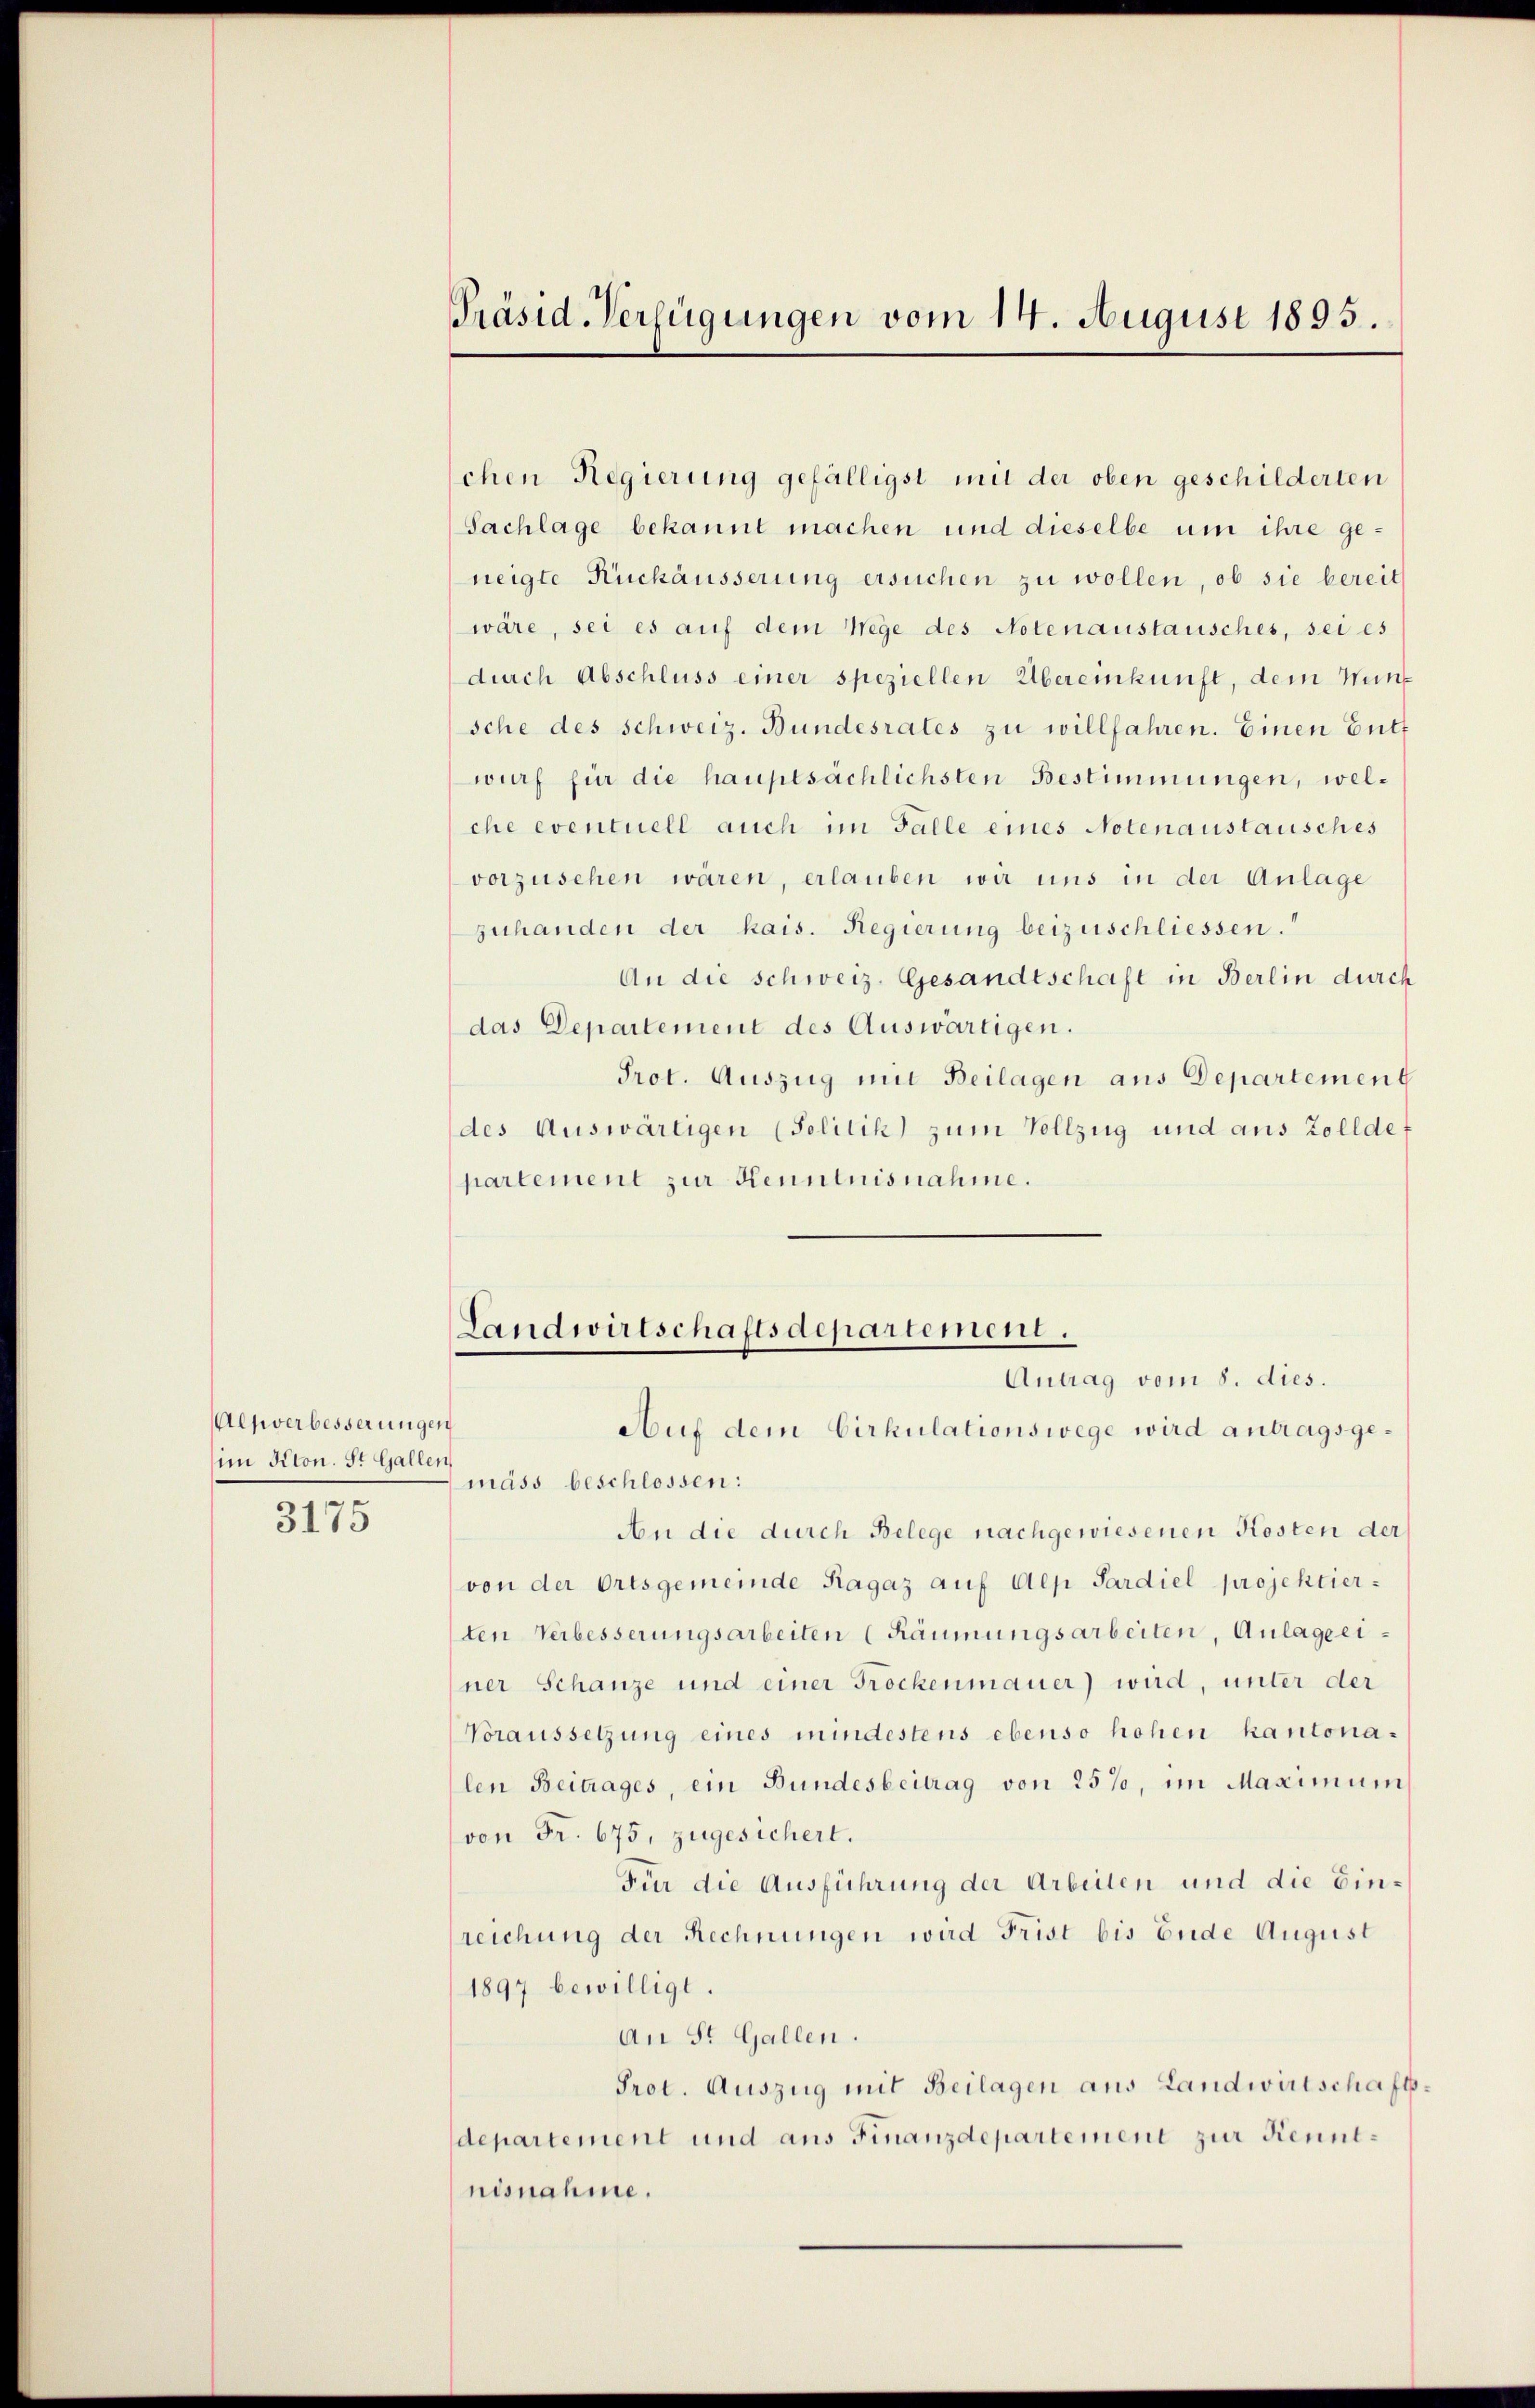
Aenverbesserungen
im Kron. St. Gallen,

3175

Präsid. Verfügungen vom 14. August 1895.

schen Regierung gefälligst mit der oben geschilderten
Sachlage bekannt machen und dieselbe um ihre geneigte Rückäusserung ersuchen zu wollen, ob sie bereit
wäre, sei es auf dem Wege des Notenaustausches, sei es
durch Abschluss einer speziellen Übereinkunft, dem Wunsche des Schweiz. Bundesrates zu willfahren. Einen Butt
wurf für die hauptsächlichsten Bestimmungen, welche eventuell auch im Falle eines Notenaustausches
vorzusehen wären, erlauben wir uns in der Anlage
zuhanden der kais. Regierung beizuschliessen.
An die schweiz. Gesandtschaft in Berlin durch
das Departement des Auswärtigen.
Prot. Auszug mit Beilagen aus Departement
des Auswärtigen (Solitik zum Vollzug und aus Zollde
partement zur Kenntnisnahme.

Landwirtschaftsdepartement.
Antrag vom 8. dies.

Auf dem Cirkulationswege wird antragsgemäss beschlossen:
An die durch Belege nachgewiesenen Kosten der
von der Ortsgemeinde Ragaz auf den Pardiel projektierten Verbesserungsarbeiten (Räumungsarbeiten, Anlageeiner Schanze und einer Trockenmauer) wird, unter der
Voraussetzung eines mindestens ebenso hohen kantonalen Beitrages, ein Bundesbeitrag von 25%, im Maximum
von Fr. 675, zugesichert.
Für die Ausführung der Arbeiten und die Einreichung der Rechnungen wird Frist bis Ende August
1897 bewilligt.
An St. Gallen.
Prot. Auszug mit Beilagen aus Landwirtschaftsdepartement und aus Finanzdepartement zur Kenntnisnahme.